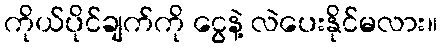
ကိုယ်ပိုင်ချက်ကို ငွေနဲ့ လဲပေးနိုင်မလား။